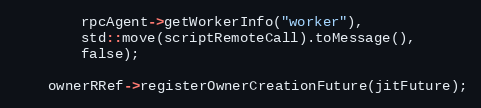
Language: C
        rpcAgent->getWorkerInfo("worker"),
        std::move(scriptRemoteCall).toMessage(),
        false);

    ownerRRef->registerOwnerCreationFuture(jitFuture);